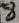
Text: 8